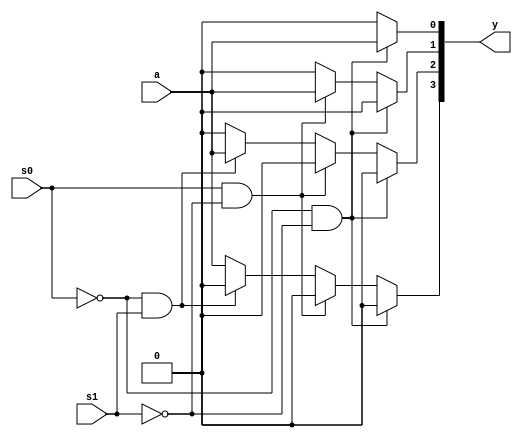
module demux(y,s0,s1,a);
  input s0,s1 ;
  input a;
  output [3:0]y ;
  reg [3:0]y;
  always @ (s0,s1,a)
  begin
  	if(s0==0 && s1==0)
  	   begin
  	      y[0]=a; y[1]=0; y[2]=0; y[3]=0;
   	 end
  	else if(s0==1 && s1==0)
  	  begin
   	     y[0]=0; y[1]=a; y[2]=0; y[3]=0;
   	 end
 	 else if(s0==0 && s1==1)
 	   begin
 	      y[0]=0; y[1]=0; y[2]=a; y[3]=0;
  	  end
  	else 
    	 begin
  	    y[0]=0; y[1]=0; y[2]=0; y[3]=a;
   	 end
  end
endmodule